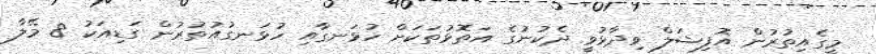
މީގެއިތުރުން އޮފިޝަލް ވިދާޅުވީ ދެކުނުގެ އަތޮޅުތަކަށް ހުޅަނގާއި ހުޅަނގުއުތުރުން ގަޑިއަކު 8 މޭލާ